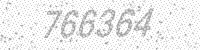
Solution: 766364